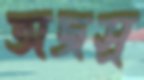
অজস্র